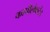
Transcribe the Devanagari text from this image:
कापीलेफटेड